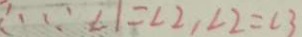
\therefore \because \angle 1 = \angle 2 , \angle 2 = \angle 3